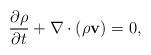
LaTeX: \begin{align*}\frac{\partial \rho}{\partial t}+\nabla\cdot (\rho{\bf v})=0,\end{align*}